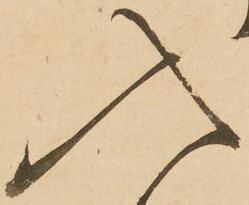
入